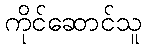
ကိုင်ဆောင်သူ